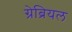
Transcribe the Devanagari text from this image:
ग्रेब्रियल